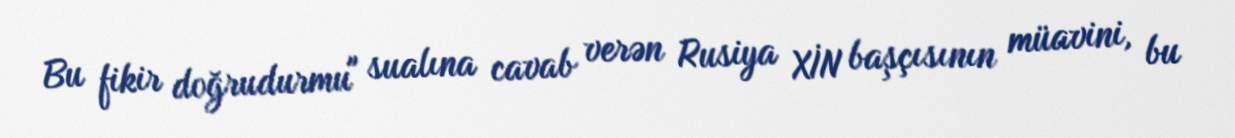
Bu fikir doğrudurmu" sualına cavab verən Rusiya XİN başçısının müavini, bu